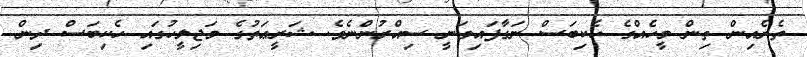
ތެރެއިން ތިން މީހެއްގެ ހެކިބަސް ނަގާފައިވަނީ ސިއްރުންނެވެ. ޝަރީޢަތުގެ މަޖިލީހުގައި ހެކިބަސް ދިން